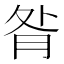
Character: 𦚅